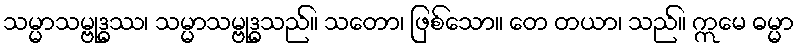
သမ္မာသမ္ဗုဒ္ဓဿ၊ သမ္မာသမ္ဗုဒ္ဓသည်။ သတော၊ ဖြစ်သော။ တေ တယာ၊ သည်။ ဣမေ ဓမ္မာ